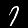
Label: 7